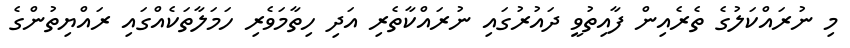
މި ނުރައްކަލުގެ ތެރެއިން ފާއިތުވީ ދައުރުގައި ނުރައްކާތެރި އަދި ހިތާމަވެރި ހަމަލާތަކެއްގައި ރައްޔިތުންގެ